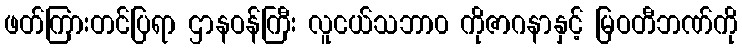
ဖတ်ကြားတင်ပြရာ ဌာနဝန်ကြီး လူငယ်သဘာ၀ ကိုဇာဂနာနှင့် မြဝတီဘဏ်ကို